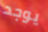
يوجد